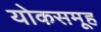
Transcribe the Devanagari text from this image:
योकसमूह